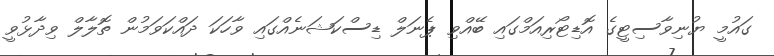
ގައުމީ ޔުނިވާސިޓީގެ އޮޑިޓޯރިއަމްގައި ބޭއްވި ޕެނަލް ޑިސްކަޝަނެއްގައި ވާހަކަ ދައްކަވަމުން ތޮލާލް ވިދާޅުވީ